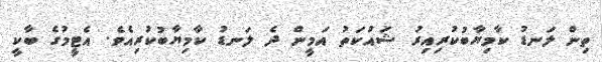
ތިން ލަނޑު ކާމިޔާބުކުރިއިރު ޝައުކަތު އަމީން ދެ ލަނޑު ކާމިޔާބުކުރިއެވެ. އެޓީމުގެ ބާކީ